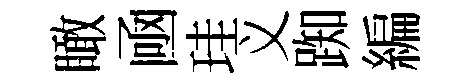
瞰凾珪义踟編